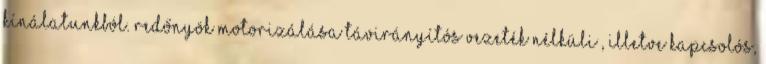
kínálatunkból. Redőnyök motorizálása távirányítós vezeték nélküli , illetve kapcsolós,